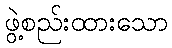
ဖွဲ့စည်းထားသော